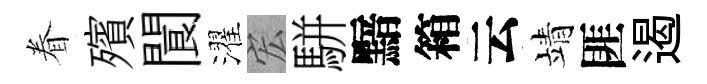
眷殯閬濯宏駢黯箱云靖匪遏